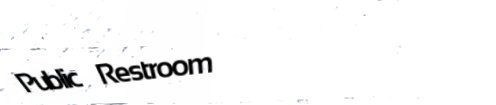
Public Restroom